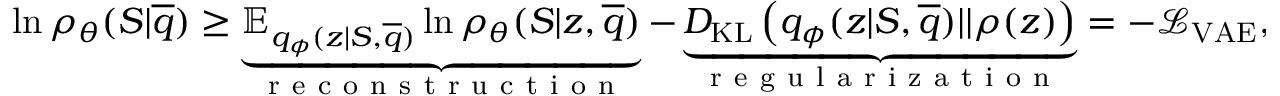
\begin{array} { r } { \ln \rho _ { \theta } ( S | \overline { { q } } ) \geq \underbrace { \mathbb { E } _ { q _ { \phi } ( z | S , \overline { { q } } ) } \ln \rho _ { \theta } ( S | z , \overline { { q } } ) } _ { \mathrm { ~ r ~ e ~ c ~ o ~ n ~ s ~ t ~ r ~ u ~ c ~ t ~ i ~ o ~ n ~ } } - \underbrace { D _ { \mathrm { K L } } \left( q _ { \phi } ( z | S , \overline { { q } } ) | | \rho ( z ) \right) } _ { \mathrm { ~ r ~ e ~ g ~ u ~ l ~ a ~ r ~ i ~ z ~ a ~ t ~ i ~ o ~ n ~ } } = - \mathcal { L } _ { \mathrm { V A E } } , } \end{array}